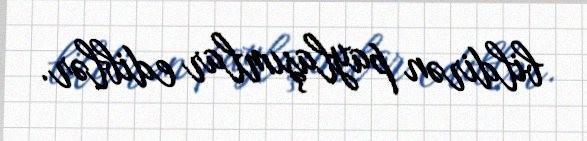
bildirən paylaşımlar ediblər.